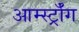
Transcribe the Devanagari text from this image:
आर्म्स्ट्राँग